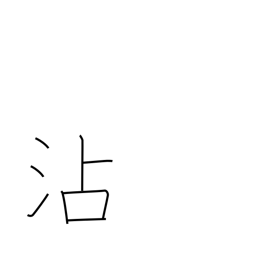
Meaning: soak